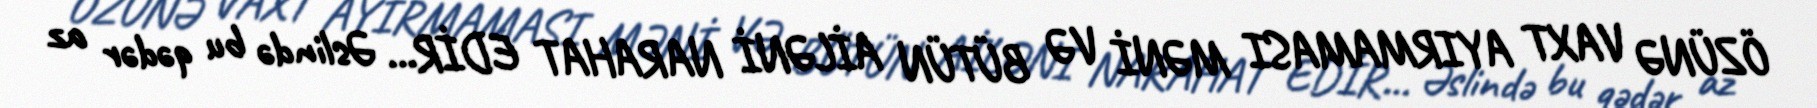
ÖZÜNƏ VAXT AYIRMAMASI MƏNİ VƏ BÜTÜN AİLƏNİ NARAHAT EDİR... Əslində bu qədər az